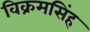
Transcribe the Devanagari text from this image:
विक्रमसिंह